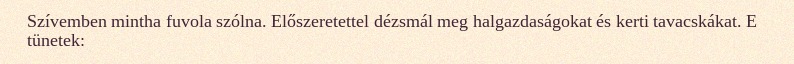
Szívemben mintha fuvola szólna. Előszeretettel dézsmál meg halgazdaságokat és kerti tavacskákat. E tünetek: